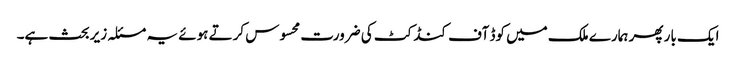
ایک بار پھر ہمارے ملک میں کوڈ آف کنڈکٹ کی ضرورت محسوس کرتے ہوئے یہ مسئلہ زیر بحث ہے۔